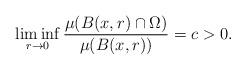
LaTeX: \begin{align*}\liminf_{r\to 0}\frac{\mu(B(x,r)\cap\Omega)}{\mu(B(x,r))}=c>0.\end{align*}